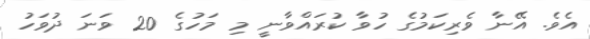
އެވެ. އޭނާ ވެރިކަމުގެ ހުވާ ކުރައްވާނީ މި މަހުގެ 20 ވަނަ ދުވަހު